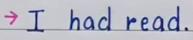
-> I had read .